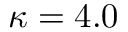
\kappa = 4 . 0